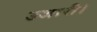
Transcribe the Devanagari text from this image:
उजारी।